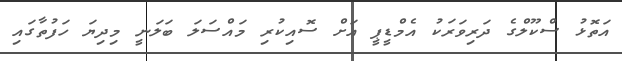
އަތޮޅު ސްކޫލްގެ ދަރިވަރަކު އެމްޑީޕީ އަށް ސޮއިކުރި މައްސަލަ ބަލަނީ މިދިޔަ ހަފުތާގައި